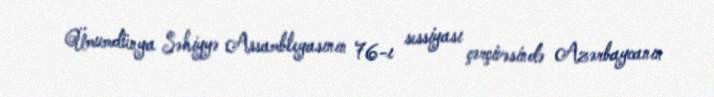
Ümumdünya Səhiyyə Assambleyasının 76-ı sessiyası çərçivəsində Azərbaycanın